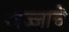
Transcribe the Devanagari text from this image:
जज्जाचे